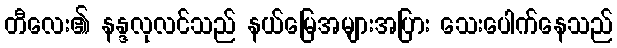
တီလေး၏ နန္ဒလုလင်သည် နယ်မြေအများအပြား သေးပေါက်နေသည်